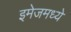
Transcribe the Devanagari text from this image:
इमेजमध्ये